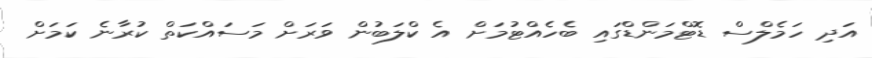
އަދި ހަމެލްސް ޑޮޓްމަންޑްގައި ބެހެއްޓުމަށް އެ ކްލަބުން ވަރަށް މަސައްކަތް ކުރާނެ ކަމަަށް